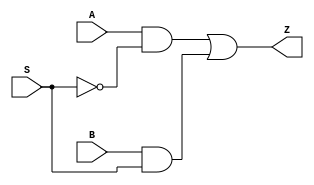
module mux21 (Z, A, B, S);

   input  A, B, S;

   output Z;

   not i1 (Sbar, S);
   and a1 (w1, A, Sbar);
   and a2 (w2, B, S);
   or o1 (Z, w1, w2);

endmodule // mux21